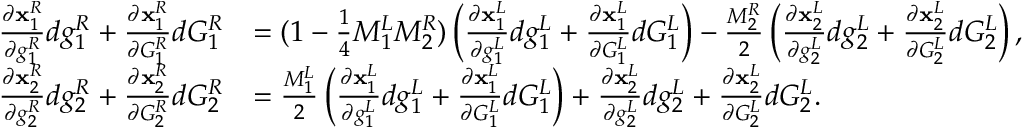
\begin{array} { r l } { \frac { \partial \mathbf { x } _ { 1 } ^ { R } } { \partial g _ { 1 } ^ { R } } d g _ { 1 } ^ { R } + \frac { \partial \mathbf { x } _ { 1 } ^ { R } } { \partial G _ { 1 } ^ { R } } d G _ { 1 } ^ { R } } & { = ( 1 - \frac { 1 } { 4 } M _ { 1 } ^ { L } M _ { 2 } ^ { R } ) \left( \frac { \partial \mathbf { x } _ { 1 } ^ { L } } { \partial g _ { 1 } ^ { L } } d g _ { 1 } ^ { L } + \frac { \partial \mathbf { x } _ { 1 } ^ { L } } { \partial G _ { 1 } ^ { L } } d G _ { 1 } ^ { L } \right) - \frac { M _ { 2 } ^ { R } } { 2 } \left( \frac { \partial \mathbf { x } _ { 2 } ^ { L } } { \partial g _ { 2 } ^ { L } } d g _ { 2 } ^ { L } + \frac { \partial \mathbf { x } _ { 2 } ^ { L } } { \partial G _ { 2 } ^ { L } } d G _ { 2 } ^ { L } \right) , } \\ { \frac { \partial \mathbf { x } _ { 2 } ^ { R } } { \partial g _ { 2 } ^ { R } } d g _ { 2 } ^ { R } + \frac { \partial \mathbf { x } _ { 2 } ^ { R } } { \partial G _ { 2 } ^ { R } } d G _ { 2 } ^ { R } } & { = \frac { M _ { 1 } ^ { L } } { 2 } \left( \frac { \partial \mathbf { x } _ { 1 } ^ { L } } { \partial g _ { 1 } ^ { L } } d g _ { 1 } ^ { L } + \frac { \partial \mathbf { x } _ { 1 } ^ { L } } { \partial G _ { 1 } ^ { L } } d G _ { 1 } ^ { L } \right) + \frac { \partial \mathbf { x } _ { 2 } ^ { L } } { \partial g _ { 2 } ^ { L } } d g _ { 2 } ^ { L } + \frac { \partial \mathbf { x } _ { 2 } ^ { L } } { \partial G _ { 2 } ^ { L } } d G _ { 2 } ^ { L } . } \end{array}